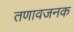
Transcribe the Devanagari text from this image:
तणावजनक